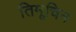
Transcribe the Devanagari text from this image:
तिमूचिन